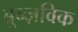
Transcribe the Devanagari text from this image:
ब्रुन्ज़विक